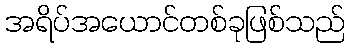
အရိပ်အယောင်တစ်ခုဖြစ်သည်